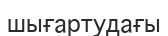
шығартудағы